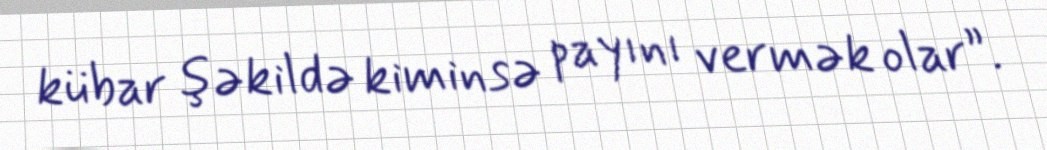
kübar şəkildə kiminsə payını vermək olar”.